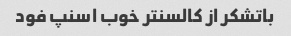
باتشکر از کالسنتر خوب اسنپ فود